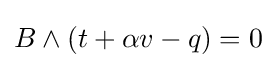
B\wedge (t+\alpha v-q)=0